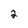
Character: 2